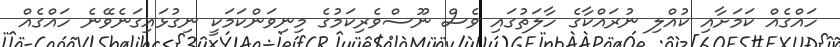
ހައްގެއް ކަމަށާއި ކުއްލި ނުރައްކާގެ ހާލަތުގައި ވެސް ނޫސްވެރިކަމުގެ މިނިވަންކަމަކީ ނިގުޅައިގަނެވޭނެ ހައްގެއް